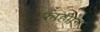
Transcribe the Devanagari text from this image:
फाहीान